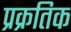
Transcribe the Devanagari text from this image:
प्रक्रतिक